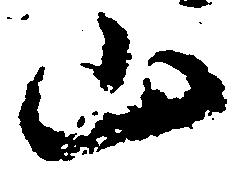
山